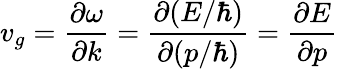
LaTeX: v_{g}={\frac{\partial\omega}{\partial k}}={\frac{\partial(E/\hbar)}{\partial(p/\hbar)}}={\frac{\partial E}{\partial p}}